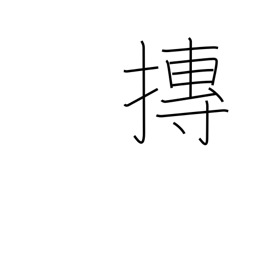
Meaning: roll into a ball